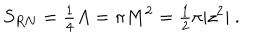
LaTeX: S _ { R N } = { \textstyle \frac { 1 } { 4 } } A = \pi M ^ { 2 } = { \textstyle \frac { 1 } { 2 } } \pi | z ^ { 2 } | \ .